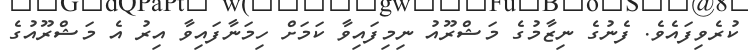
ކުރެވިފައެވެ. ފެނުގެ ނިޒާމުގެ މަޝްރޫއު ނިމިފައިވާ ކަމަށް ހިމަނާފައިވާ އިރު އެ މަޝްރޫއުގެ